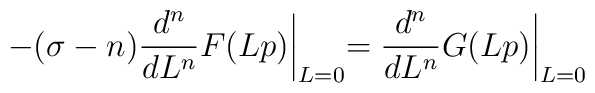
-(\sigma -n)\frac{d^n}{dL^n}F(Lp)\biggl\vert_{L=0}=\frac{d^n}{dL^n}G(Lp)\biggl\vert_{L=0}